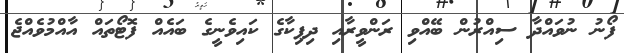
ފޯނު ނުވައްދާ ސިއްރުން ބޭއްވި ރަންވީރާއި ދިޕިކާގެ ކައިވެނީގެ ބައެއް ފޮޓޯތައް އާއްމުވެއްޖެ